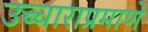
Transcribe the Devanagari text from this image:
उच्चाराप्रमाणे